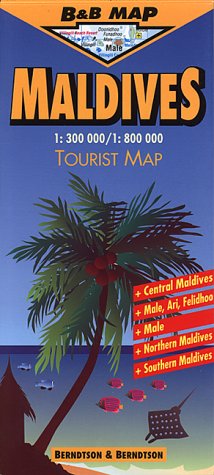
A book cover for Maldives; Berndtson & Berndtson; Travel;